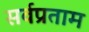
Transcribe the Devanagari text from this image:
सर्वप्रताम